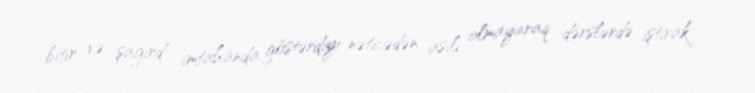
bitir və şagird imtahanda göstərdiyi nəticədən asılı olmayaraq dərslərdə iştirak